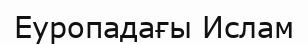
Еуропадағы Ислам